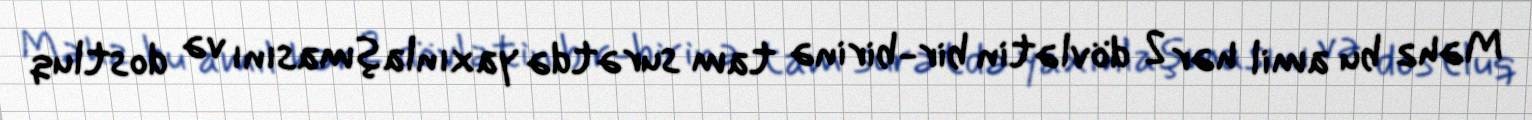
Məhz bu amil hər 2 dövlətin bir-birinə tam surətdə yaxınlaşmasını və dostluq